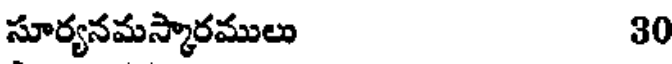
సూర్యనమస్కారములు 30